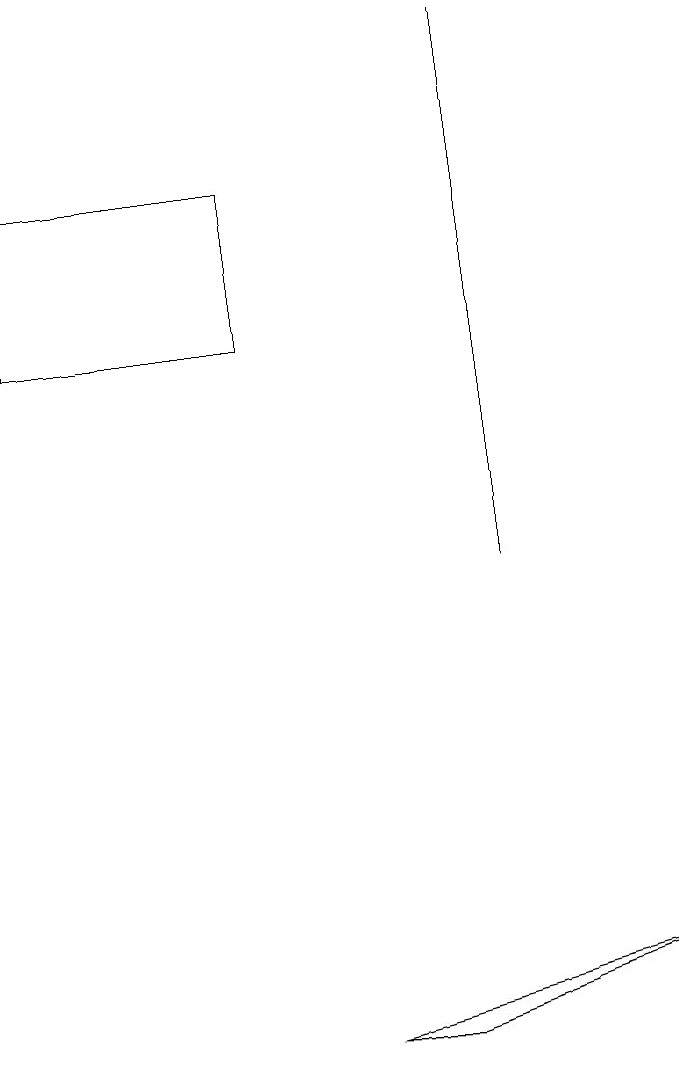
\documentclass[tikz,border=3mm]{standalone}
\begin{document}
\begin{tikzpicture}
\draw (3,13) rectangle (0,15);
\draw (4,4) -- (8,5) -- (5,4) -- cycle;
\draw (6,17) rectangle (6,10);
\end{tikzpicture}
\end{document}